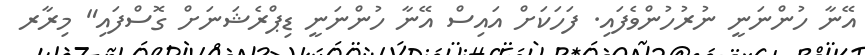
އޭނާ ހުންނަނީ ނުރުހުންވެފައި. ފަހަކަށް އައިސް އޭނާ ހުންނަނީ ޑިޕްރެޝަނަށް ގޮސްފައި" މިރާރ